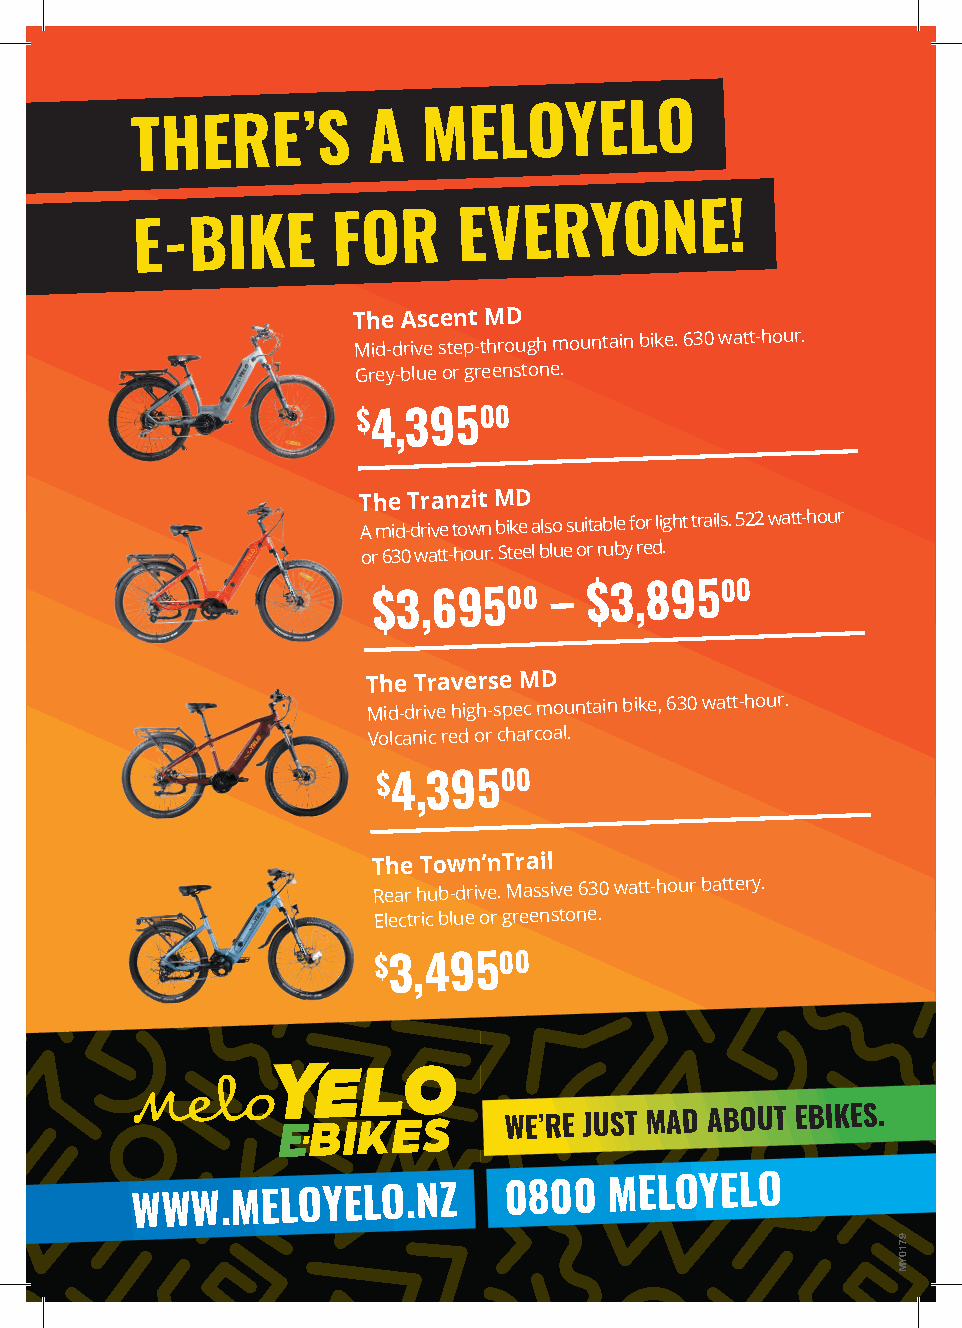
THERE’S        A
 MELOYELO
 E-BIKE       FOR
 EVERYONE!
 The Ascent MD
 Mid-drive step-through mountain bike. 630 watt-hour.
 Grey-blue or greenstone.
 $4,39500
 The Tranzit MD
 A mid-drive town bike also suitable for light trails. 522 watt-hour
 or 630 watt-hour. Steel blue or ruby red.
 $3,69500   –
 $3,89500
 The Traverse MD
 Mid-drive high-spec mountain bike, 630 watt-hour.
 Volcanic red or charcoal.
 $4,39500
 The Town’nTrail
 Rear hub-drive. Massive 630 watt-hour battery.
 Electric blue or greenstone.
 $3,49500
 WE’RE JUST MAD ABOUT EBIKES.
 WWW.MELOYELO.NZ         0800
 MELOYELO
 9710YM